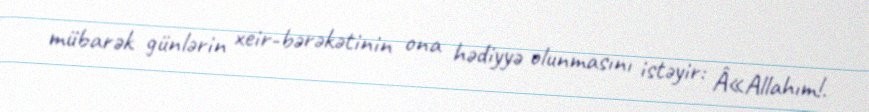
mübarək günlərin xeir-bərəkətinin ona hədiyyə olunmasını istəyir: Â«Allahım!.